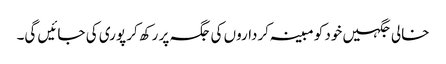
خالی جگہیں خود کو مبینہ کرداروں کی جگہ پر رکھ کر پوری کی جائیں گی۔